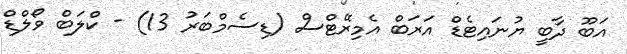
އަބޫ ދާބީ ޔުނައިޓެޑް އަރަބް އެމިރޭޓްސް (ޑިސެމްބަރު 13) - ކްލަބް ވޯލްޑް